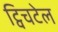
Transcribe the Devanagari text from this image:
ट्विचटेल